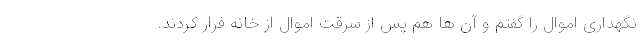
نگهداری اموال را گفتم و آن ها هم پس از سرقت اموال از خانه فرار کردند.